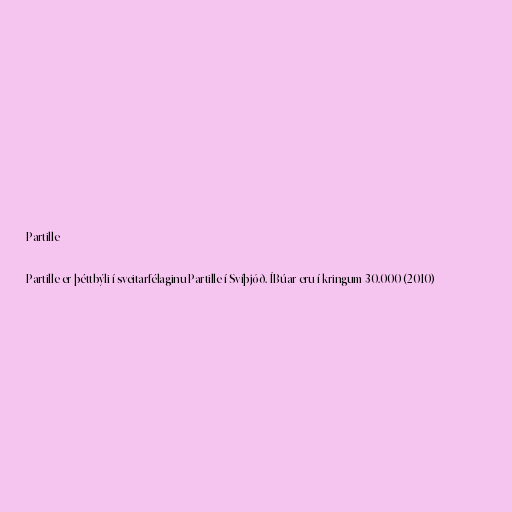
Partille

Partille er þéttbýli í sveitarfélaginu Partille í Svíþjóð. ÍBúar eru í kringum 30.000 (2010)